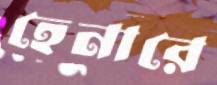
হেনারে